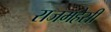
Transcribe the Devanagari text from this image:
राजमहेसी